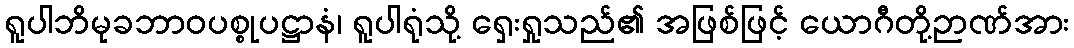
ရူပါဘိမုခဘာဝပစ္စုပဋ္ဌာနံ၊ ရူပါရုံသို့ ရှေးရှုသည်၏ အဖြစ်ဖြင့် ယောဂီတို့ဉာဏ်အား